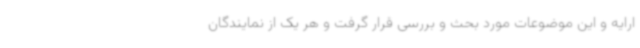
ارایه و این موضوعات مورد بحث و بررسی قرار گرفت و هر یک از نمایندگان